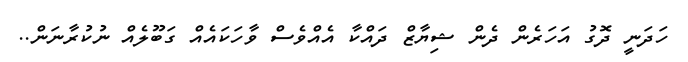
ހަދަނީ ދޮގު އަހަރެން ދެން ޝިޔާޒް ދައްކާ އެއްވެސް ވާހަކައެއް ގަބޫލެއް ނުކުރާނަން..